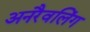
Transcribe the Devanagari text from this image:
अनरैवलिंग